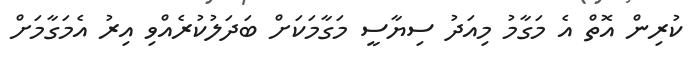
ކުރިން އޮތް އެ މަގާމު މިއަދު ސިޔާސީ މަގާމަކަށް ބަދަލުކުރެއްވި އިރު އެމަގާމަށް